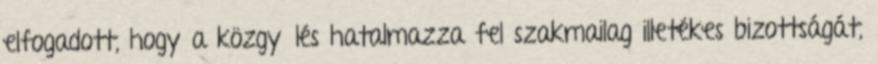
elfogadott, hogy a közgyűlés hatalmazza fel szakmailag illetékes bizottságát,